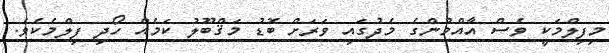
މިފިލްމަކީ ވެސް އާއްމުންގެ މެދުގައި ވަރަށް ބޮޑު މަޤްބޫލު ކަމެއް ހޯދި ފިލްމެކެވެ.